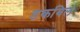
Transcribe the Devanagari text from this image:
डकबिल